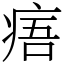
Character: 痦